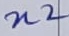
Text: n2